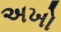
અખો